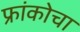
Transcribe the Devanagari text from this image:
फ्रांकोचा